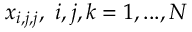
x _ { i , j , j } , \ i , j , k = 1 , . . . , N